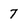
Character: 7